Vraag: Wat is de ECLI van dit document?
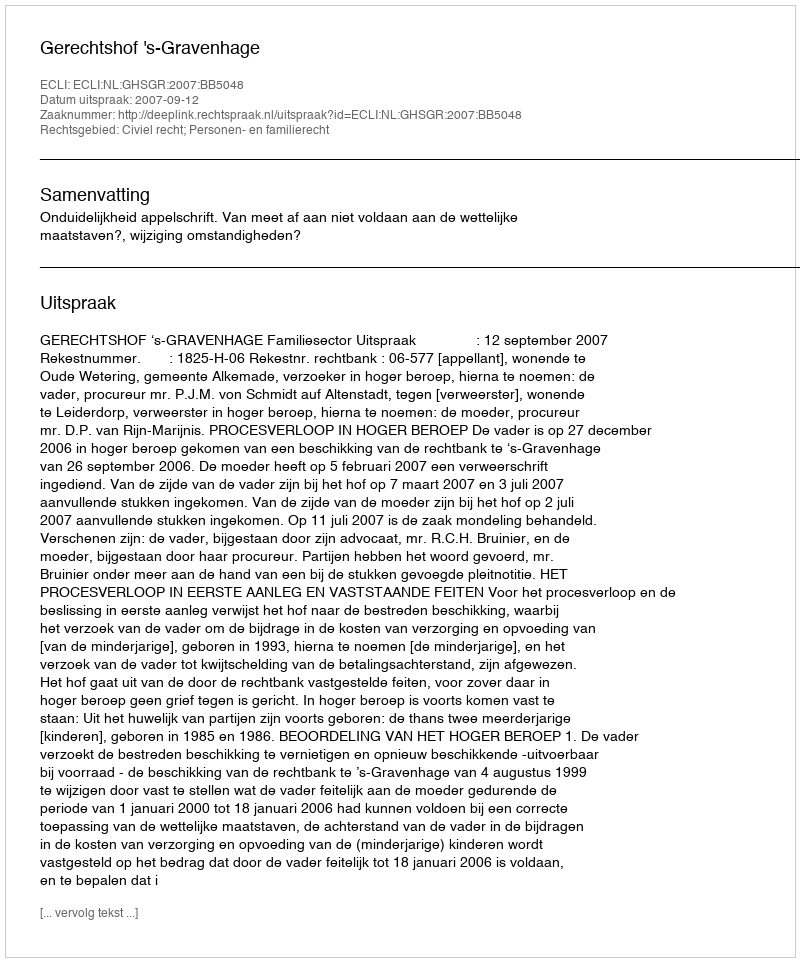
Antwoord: ECLI:NL:GHSGR:2007:BB5048